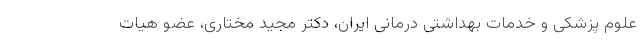
علوم پزشکی و خدمات بهداشتی درمانی ایران، دکتر مجید مختاری، عضو هیات